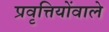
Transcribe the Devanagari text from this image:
प्रवृत्तियोंवाले